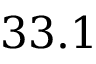
3 3 . 1